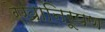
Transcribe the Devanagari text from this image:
रेखानिरूपण